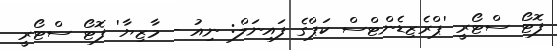
ފޮޓޯ ސްޓޯރީ 'ޕްރެޒިޑެންޓްސް ކަޕްގެ ފައިނަލް: ނިއު - މާޒިޔާ' ފޮޓޯ ސްޓޯރީ